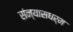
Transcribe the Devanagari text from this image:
संन्यासधर्म